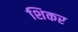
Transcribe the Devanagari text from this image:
शिकर